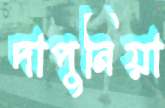
দাপুনিয়া